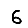
Digit: 6